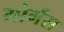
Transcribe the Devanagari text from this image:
गोर्गस